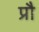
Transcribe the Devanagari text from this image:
प्रौ